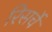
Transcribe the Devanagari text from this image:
रिसर्चे